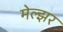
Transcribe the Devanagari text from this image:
मेल्झर